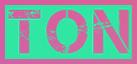
TON